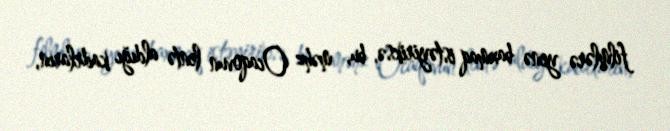
filmlərə yenə baxmaq istəyiriksə, bu, məhz Ocaqovun lentə aldığı kadrların,